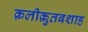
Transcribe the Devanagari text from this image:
क़लीक़ुतबशाह